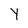
Character: Y